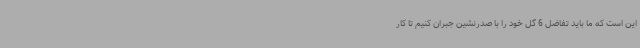
این است که ما باید تفاضل 6 گل خود را با صدرنشین جبران کنیم تا کار